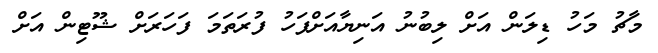
މާޗު މަހު ޑިލަން އަށް ލިބުނު އަނިޔާއަށްފަހު ފުރަތަމަ ފަހަރަށް ޝޫޓިން އަށް